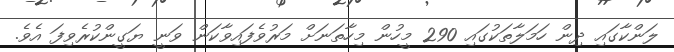
ލަންކާގައި ދިން ހަމަލާތަކުގައި 290 މީހުން މިހާތަނަށް މަރުވެފައިވާކަން ވަނީ ޔަގީންކުރެވިފަ އެވެ.